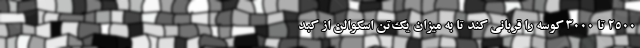
۲۵۰۰ تا ۳۰۰۰ کوسه را قربانی کند تا به میزان یک‌تن اسکوالن از کبد